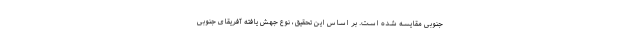
جنوبی مقایسه شده است. بر اساس این تحقیق، نوع جهش یافته آفریقای جنوبی